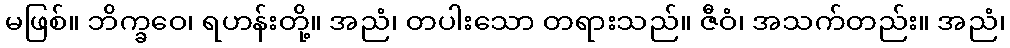
မဖြစ်။ ဘိက္ခဝေ၊ ရဟန်းတို့။ အညံ၊ တပါးသော တရားသည်။ ဇီဝံ၊ အသက်တည်း။ အညံ၊